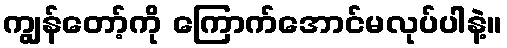
ကျွန်တော့်ကို ကြောက်အောင်မလုပ်ပါနဲ့။